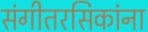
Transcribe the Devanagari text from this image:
संगीतरसिकांना